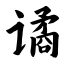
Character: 谲